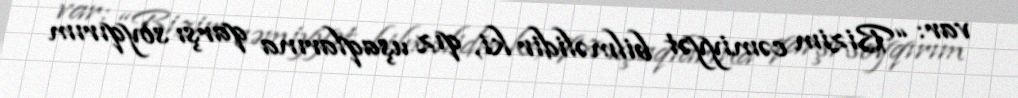
var: “Bizim cəmiyyət bilməlidir ki, qız uşaqlarına qarşı soyqırım